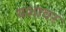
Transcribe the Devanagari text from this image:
यशावर